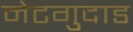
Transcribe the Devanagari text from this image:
मेटगुदाड